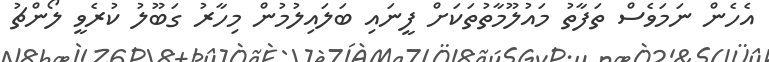
އެހެން ނަމަވެސް ތަފާތު މައުލޫމާތުތަކަށް ފީނައި ބަލައިލުމުން މިހާރު ގަބޫލު ކުރެވީ ލޯންޗު